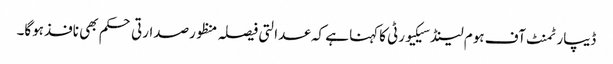
ڈیپارٹمنٹ آف ہوم لینڈسیکیورٹی کاکہنا ہے کہ عدالتی فیصلہ منظورصدارتی حکم بھی نافذہوگا۔